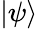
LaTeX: \left|{\psi}\right\rangle